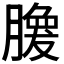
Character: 𰯘